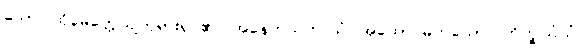
သော၊ ထိုမေတ္တေယျဘုရားရှင်၏။ အနေကသဟဿံ၊ အထောင်မကသော။ ဘိက္ခုသံဃံ၊